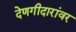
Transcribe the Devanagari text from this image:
देणगीदारांवर